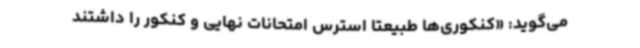
می‌گوید: «کنکوری‌ها طبیعتا استرس امتحانات نهایی و کنکور را داشتند